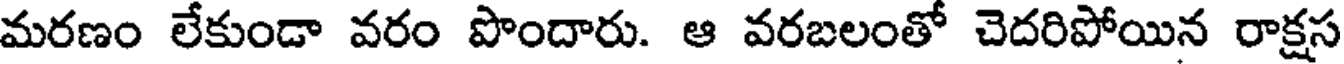
మరణం లేకుండా వరం పొందారు. ఆ వరబలంతో చెదరిపోయిన రాక్షస